Civil Veterinary Dept. Bombay admin report 1923-31 - 1923-1931
Year: 1923
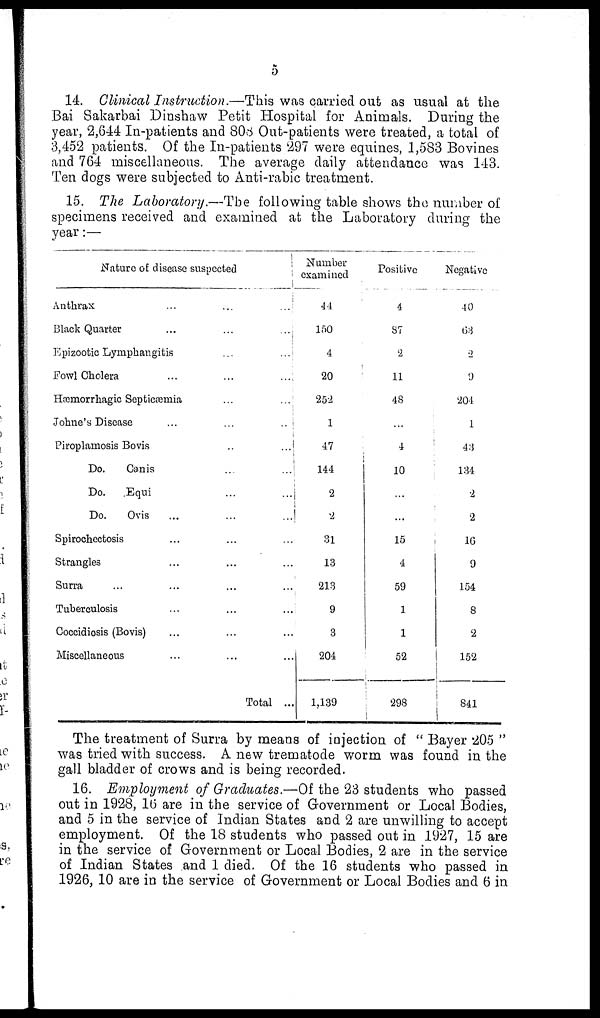
5
14. Clinical Instruction.—This was carried out as usual at the
Bai Sakarbai Dinshaw Petit Hospital for Animals. During the
year, 2,644 In-patients and 808 Out-patients were treated, a total of
3,452 patients. Of the In-patients 297 were equines, 1,583 Bovines
and 764 miscellaneous. The average daily attendance was 143.
Ten dogs were subjected to Anti-rabic treatment.
15. The Laboratory.—The following table shows the number of
specimens received and examined at the Laboratory during the
year:—
Nature of disease suspected
Anthrax
...
...
...
Black Quarter
...
...
...
Epizootic Lymphangitis
...
...
Fowl Cholera
...
...
...
Hæmorrhagic Septicæmia
...
...
Johne's Disease
...
...
...
Piroplamosis Bovis ... ...
Do.
Canis
...
...
Do.
Equi
...
...
Do.
Ovis
...
...
...
Spirochectosis ... ... ...
Strangles ... ... ...
Surra ... ... ... ... ...
Tuberculosis ... ... ...
Coccidiosis (Bovis) ... ... ...
Miscellaneous ... ... ...
Total ...
Number
examined
44
150
4
20
252
1
47
144
2
2
31
13
213
9
3
204
1,189
Positive
4
37
2
11
48
...
4
10
....
...
15
4
59
1
1
52
298
Negative
40
63
2
9
204
1
43
134
2
2
16
9
154
8
2
152
841
The treatment of Surra by means of injection of " Bayer 205 "
was tried with success. A new trematode worm was found in the
gall bladder of crows and is being recorded.
16. Employment of Graduates.—Of the 23 students who passed
out in 1928, 16 are in the service of Government or Local Bodies,
and 5 in the service of Indian States and 2 are unwilling to accept
employment. Of the 18 students who passed out in 1927, 15 are
in the service of Government or Local Bodies, 2 are in the service
of Indian States and 1 died. Of the 16 students who passed in
1926, 10 are in the service of Government or Local Bodies and 6 in